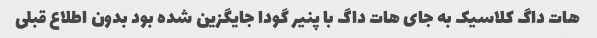
هات داگ کلاسیک به جای هات داگ با پنیر گودا جایگزین شده بود بدون اطلاع قبلی